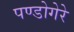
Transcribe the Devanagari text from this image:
पण्डोगेरे